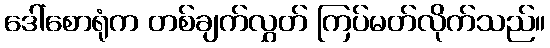
ဒေါ်စောရုံက တစ်ချက်လွှတ် ကြပ်မတ်လိုက်သည်။